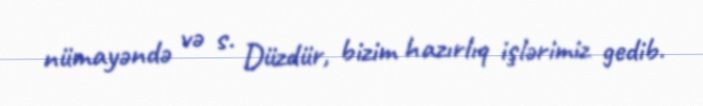
nümayəndə və s. Düzdür, bizim hazırlıq işlərimiz gedib.